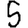
Digit: 5